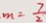
m = \frac { 7 } { 2 }